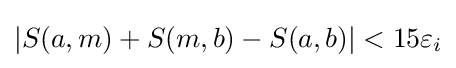
|S(a,m)+S(m,b)-S(a,b)|<15\varepsilon _{i}